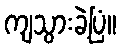
ကျသွားခဲ့ပြံ။